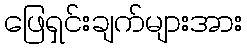
ဖြေရှင်းချက်များအား